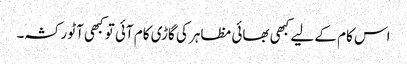
اس کام کے لیے کبھی بھائی مظاہر کی گاڑی کام آئی تو کبھی آٹو رکشہ۔